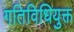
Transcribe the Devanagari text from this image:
गतिविधियुक्त